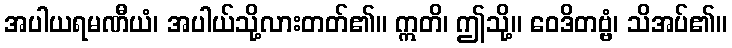
အပါယရမဏီယံ၊ အပါယ်သို့လားတတ်၏။ ဣတိ၊ ဤသို့။ ဝေဒိတဗ္ဗံ၊ သိအပ်၏။